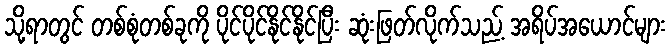
သို့ရာတွင် တစ်စုံတစ်ခုကို ပိုင်ပိုင်နိုင်နိုင်ပြီး ဆုံးဖြတ်လိုက်သည့် အရိပ်အယောင်များ